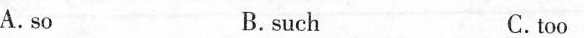
A.so B. such C.too